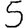
Digit: 5